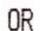
OR